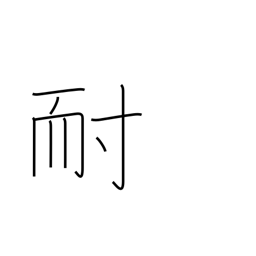
Meaning: enduring